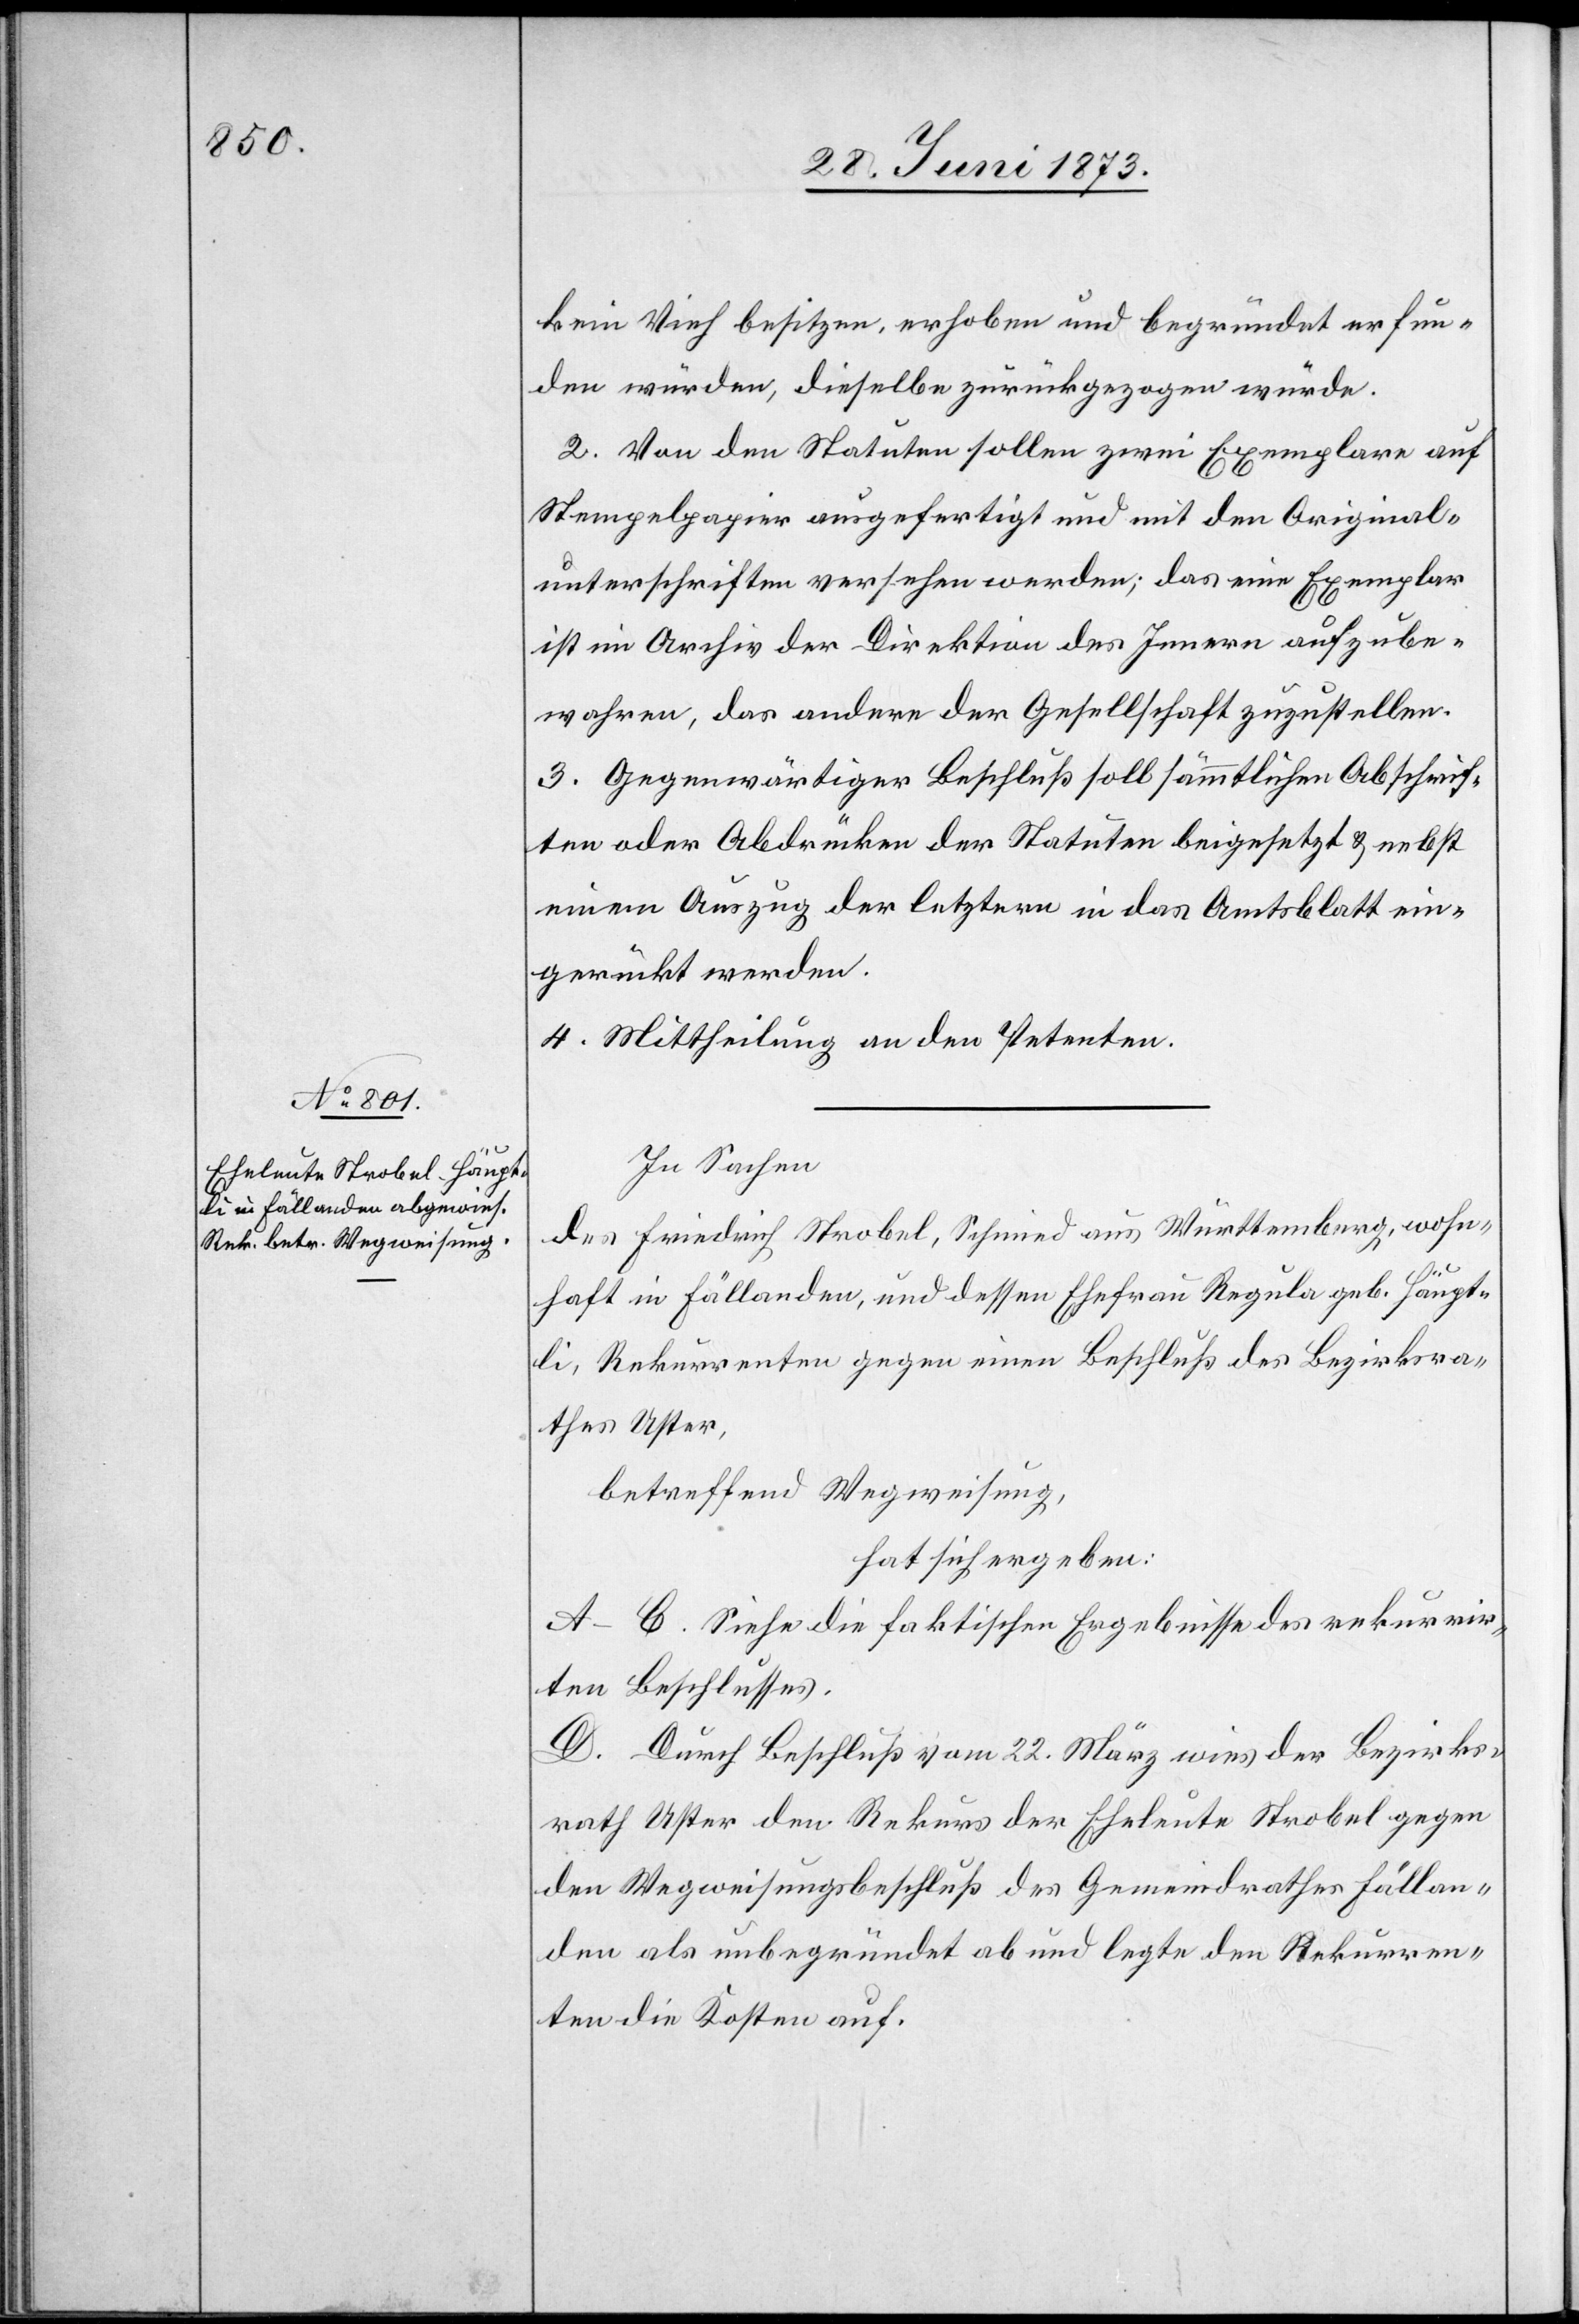
kein Vieh besitzen, erhoben und begründet erfun¬
den würden, dieselbe zurückgezogen würde.
2. Von den Statuten sollen zwei Exemplare auf
Stempelpapier ausgefertigt und mit den Original¬
unterschriften versehen werden; das eine Exemplar
ist im Archiv der Direktion des Innern aufzube¬
wahren, das andere der Gesellschaft zuzustellen.
3. Gegenwärtiger Beschluß soll sämmtlichen Abschrif¬
ten oder Abdrücken der Statuten beigesetzt & nebst
einem Auszug der letztern in das Amtsblatt ein¬
gerückt werden.
4. Mittheilung an den Petenten.
In Sachen
des Friedrich Strobel, Schmied aus Württemberg, wohn¬
haft in Fällanden, und dessen Ehefrau Regula geb. Häupt¬
li, Rekurrenten gegen einen Beschluß des Bezirksra¬
thes Uster,
betreffend Wegweisung,
hat sich ergeben:
A–C. Siehe die faktischen Ergebnisse des rekurrir¬
ten Beschlusses.
D. Durch Beschluß vom 22. März wies der Bezirks¬
rath Uster den Rekurs der Eheleute Strobel gegen
den Wegweisungsbeschluß des Gemeindrathes Fällan¬
den als unbegründet ab und legte den Rekurren¬
ten die Kosten auf.